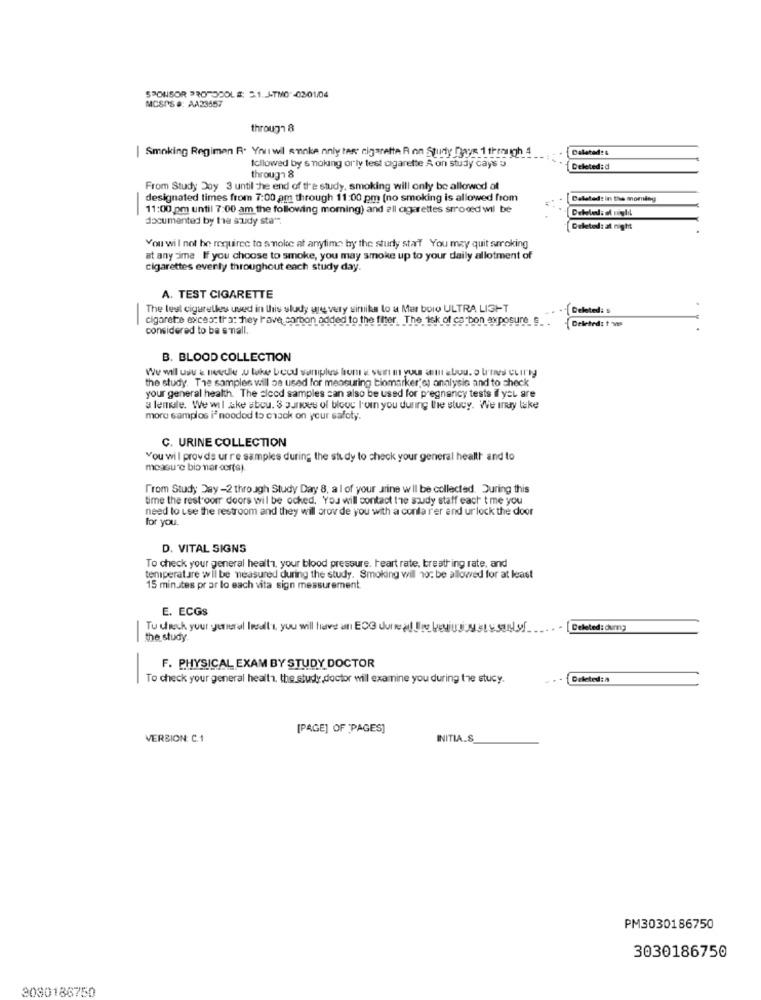
SPONSOR PROTOCOLS: 5.1. J-TMO -03-01/04
MCSPS #: AA23457
through 8
Daleted:&
| Smoking Regimen R. Youwil smoke nnly tes cigarette R on Study Days 1 through 4
followed by s noking orly test cigarette A on study cays
Deleted: d
through 8
From Study Doy 3 until the end of the study, smoking will only be allowed at
designated times from 7:00 am through 11:00 pm (no smoking is allowed from
Dalsted: in the moming
11:00 pm until 7:00 am the following morning) and all cigarettes srrood wil be
-
documented by ta sudy sta".
Deleted: at night
You wil not be required to smoke at anytime by the study staff You may quit smoking
at any time If you choose to smoke, you may smoke up to your daily allotment of
cigarettes everly throughout each study day.
A. TEST CIGARETTE
The lest cigaretles used in this study are very similar to a Mar boro ULTRA LIGHT
Deleted: s
cigarete exces: tra: hey lave carbon added to the ther. The isk of carbon exposure s
Deleted: t w
-
considered to be small.
B. BLOOD COLLECTION
the study. The samples will be used for measuring biomarker's) analysis and to check
your general health. The slecd samples can also be used for pregnancy tests if you are
a lemale. Wewil &ke abou. 3 panves of blood l'om you during the slucy. We iny lake
more samplos i" noodod to crack on your safety.
C. URINE COLLECTION
You will provds urre samples during the study to check your general health and to
measure bio mar cor(s).
from Study Day -2 through Study Day 8, al of your arine wil be collected. During this
time the rest oorr doors wil be ocked, You will contact the soudy staff each t me you
need to use the restroom and they will orov de you with a conla r'er and ur lock the door
for you.
D. VITAL SIGNS
To check your general health, your blood pressure. Heart rate, breathing rate, and
temperature wil be measured during the study. Smoking wil 10: be allowed for at least
15 minutes pr ar lo each vita sign messurement.
E. ECGS
-
Deleted: dumny
-
the study.
-
F. PHYSICAL EXAM BY STUDY DOCTOR
To check your general health, the study,doctor will examine you during the stucy.
Deleted: a
[PAGE] OF "PAGES]
VERSION: C.1
INITIA.S
PM3030186750
3030186750
3080186750